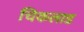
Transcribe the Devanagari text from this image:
चिकलाड